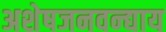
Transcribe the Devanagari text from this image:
अशेषजनवन्द्याय